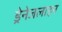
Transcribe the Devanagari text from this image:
ड्रेनेजलाइन